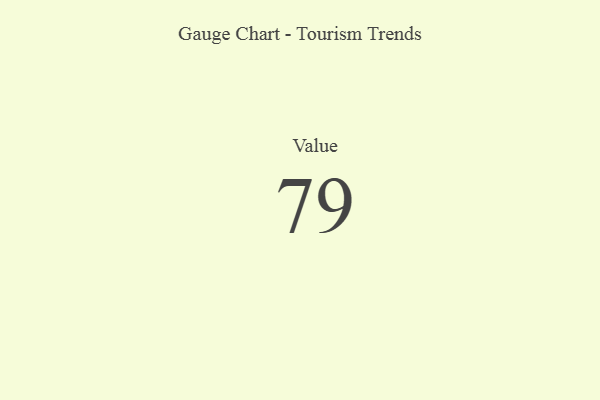
{"axis": {"x": "Metric", "y": "Value"}, "legend": [""], "data": [{"x": "Value", "y": 79, "type": ""}]}